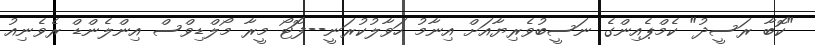
"ކޮބާ ރަސީދު" ކެމްޕެއިންގެ ނަސީބުވެރިޔާއަށް އިނާމު ހަވާލުކުރަނީ--ފޮޓޯ މީރާ މޯލްޑިވްސް އިންލެންޑް ރެވެނިއު